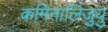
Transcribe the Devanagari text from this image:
कमिनालिजुयु